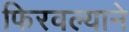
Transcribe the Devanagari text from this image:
फिरवल्याने